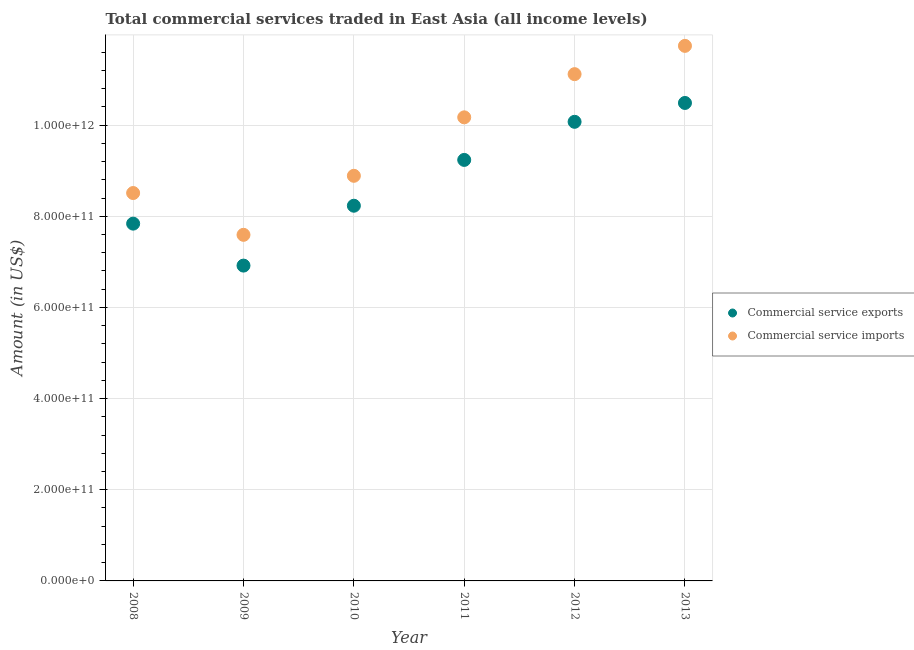
| Year | Commercial service exports | Commercial service imports |
 | --- | --- | --- |
 | 2008 | 7.84e+11 | 8.51e+11 |
 | 2009 | 6.92e+11 | 7.59e+11 |
 | 2010 | 8.23e+11 | 8.89e+11 |
 | 2011 | 9.24e+11 | 1.02e+12 |
 | 2012 | 1.01e+12 | 1.11e+12 |
 | 2013 | 1.05e+12 | 1.17e+12 |